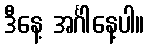
ဒီနေ့ အင်္ဂါနေ့ပါ။